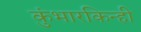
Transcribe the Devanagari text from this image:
कुंभारकिन्ही